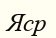
Яср